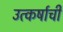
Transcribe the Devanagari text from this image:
उत्कर्षाची